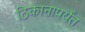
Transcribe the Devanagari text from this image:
ठिकानापर्यंत